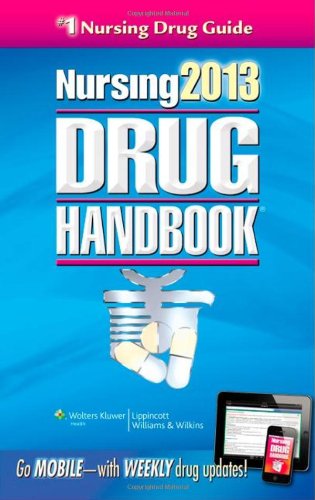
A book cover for Nursing2013 Drug Handbook (Nursing Drug Handbook); Lippincott Williams & Wilkins; Medical Books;